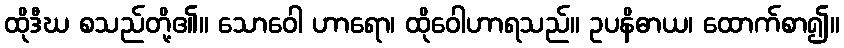
ထိုဒီဃ စသည်တို့၏။ သောဝေါ ဟာရော၊ ထိုဝေါဟာရသည်။ ဥပနိဓာယ၊ ထောက်စာ၍။